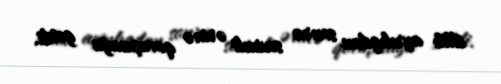
illik ayrılıqdan sonra sevimli ərinə qovuşmağa getdi.